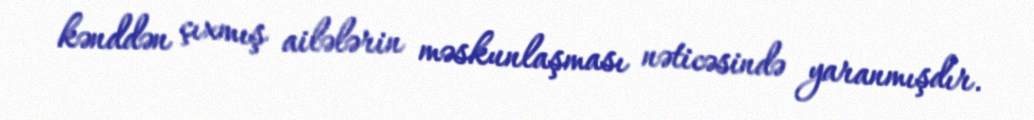
kənddən çıxmış ailələrin məskunlaşması nəticəsində yaranmışdır.